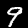
Label: 9